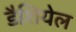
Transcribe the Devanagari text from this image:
डैशियेल